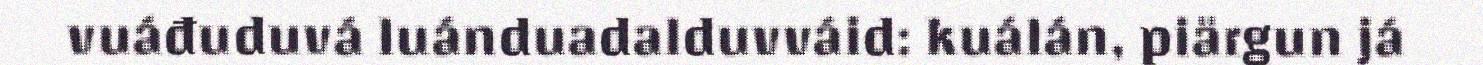
vuáđuduvá luánduadalduvváid: kuálán, piärgun já